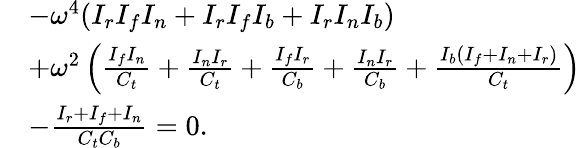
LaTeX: \begin{array}{rl}&{-\omega^{4}(I_{r}I_{f}I_{n}+I_{r}I_{f}I_{b}+I_{r}I_{n}I_{b})}\\ &{+\omega^{2}\left(\frac{I_{f}I_{n}}{C_{t}}+\frac{I_{n}I_{r}}{C_{t}}+\frac{I_{f}I_{r}}{C_{b}}+\frac{I_{n}I_{r}}{C_{b}}+\frac{I_{b}(I_{f}+I_{n}+I_{r})}{C_{t}}\right)}\\ &{-\frac{I_{r}+I_{f}+I_{n}}{C_{t}C_{b}}=0.}\end{array}